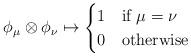
LaTeX: \begin{align*}\phi_{\mu} \otimes \phi_\nu \mapsto \begin{cases}1 &\mbox{if }\mu=\nu \\0 &\mbox{otherwise}\end{cases}\end{align*}